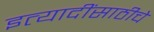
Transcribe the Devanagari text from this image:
इत्यादींसाठीचे